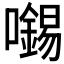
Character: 𡃶